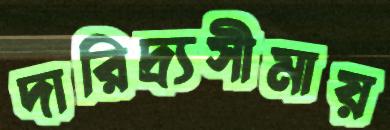
দারিদ্র্যসীমায়